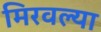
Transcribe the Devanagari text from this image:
मिरवल्या